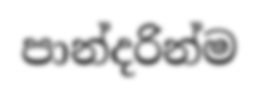
පාන්දරින්ම